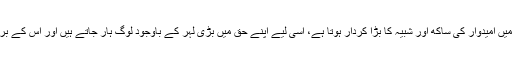
قومی سطح پر بڑے لیڈر کے کرشمے کے ساتھ حلقہ میں امیدوار کی ساکھ اور شبیہ کا بڑا کردار ہوتا ہے، اسی لیے اپنے حق میں بڑی لہر کے باوجود لوگ ہار جاتے ہیں اور اس کے برعکس لہرمیں بھی لوگ جیتنے میں کامیاب رہتے ہیں۔